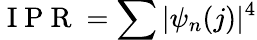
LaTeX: \mathrm{~I~P~R~}=\sum|\psi_{n}(j)|^{4}